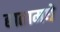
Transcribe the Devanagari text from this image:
हातामधे